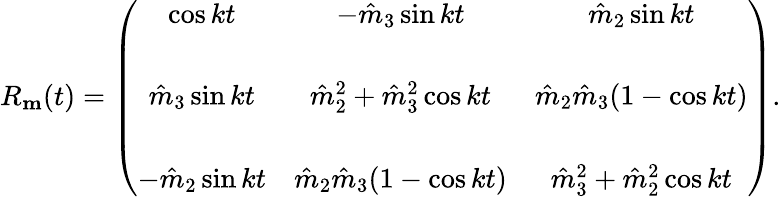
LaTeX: \begin{array}{r}{R_{\mathbf m}(t)=\left(\begin{array}{ccc}{\cos kt}&{-\hat{m}_{3}\sin kt}&{\hat{m}_{2}\sin kt}\\ {{}}&{{}}&{{}}\\ {\hat{m}_{3}\sin kt}&{\hat{m}_{2}^{2}+\hat{m}_{3}^{2}\cos kt}&{\hat{m}_{2}\hat{m}_{3}(1-\cos kt)}\\ {{}}&{{}}&{{}}\\ {-\hat{m}_{2}\sin kt}&{\hat{m}_{2}\hat{m}_{3}(1-\cos kt)}&{\hat{m}_{3}^{2}+\hat{m}_{2}^{2}\cos kt}\end{array}\right).}\end{array}